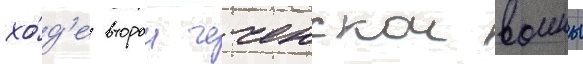
хо́д'е второи чеченскои воины